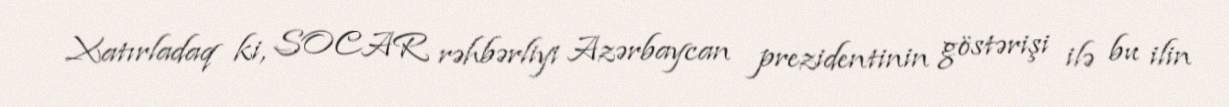
Xatırladaq ki, SOCAR rəhbərliyi Azərbaycan prezidentinin göstərişi ilə bu ilin